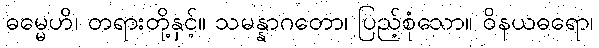
ဓမ္မေဟိ၊ တရားတို့နှင့်။ သမန္နာဂတော၊ ပြည့်စုံသော။ ဝိနယဓရော၊